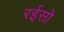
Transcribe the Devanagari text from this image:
रईसो